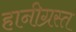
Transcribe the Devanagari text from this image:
हानीग्रस्त